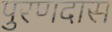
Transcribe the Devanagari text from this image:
पुरणदास